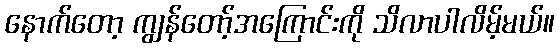
နောက်တော့ ကျွန်တော့်အကြောင်းကို သိလာပါလိမ့်မယ်။